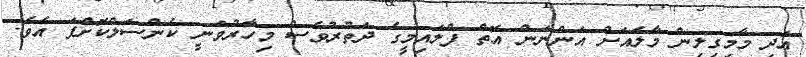
އަދި މާމިގިލިން މާލެއަށް އަންނަން އޮތް ފްލައިމީގެ ދަތުރުވެސް މިހާރުވަނީ ކެންސަލްކޮށްފަ އެވެ.